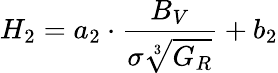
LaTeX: {H_{2}=a_{2}\cdot\frac{B_{V}}{\sigma\sqrt[3]{G_{R}}}+b_{2}}